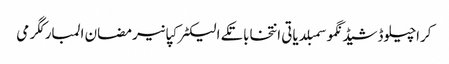
کراچیلوڈشیڈنگموسمبلدیاتی انتخاباتکے الیکٹرکپانیرمضان المبارکگرمی